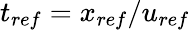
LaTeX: t_{ref}=x_{ref}/u_{ref}